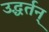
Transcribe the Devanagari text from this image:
उद्धर्तन्